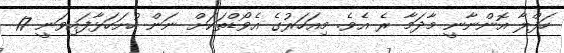
ހަފްލާ އޮންނާނީ މާދަމާ ރެ އެވެ. މިއަހަރުގެ އެވޯޑްތަކަަށް ނަން ހުށަހަޅާފައިވަނީ 17